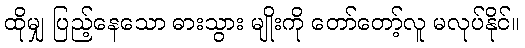
ထိုမျှ ပြည့်နေသော ဓားသွား မျိုးကို တော်တော့်လူ မလုပ်နိုင်။